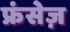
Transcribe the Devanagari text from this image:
फ्रंसेज़